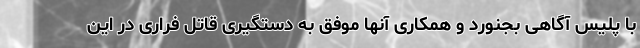
با پلیس آگاهی بجنورد و همکاری آنها موفق به دستگیری قاتل فراری در این